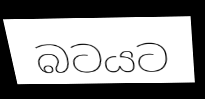
බටයට